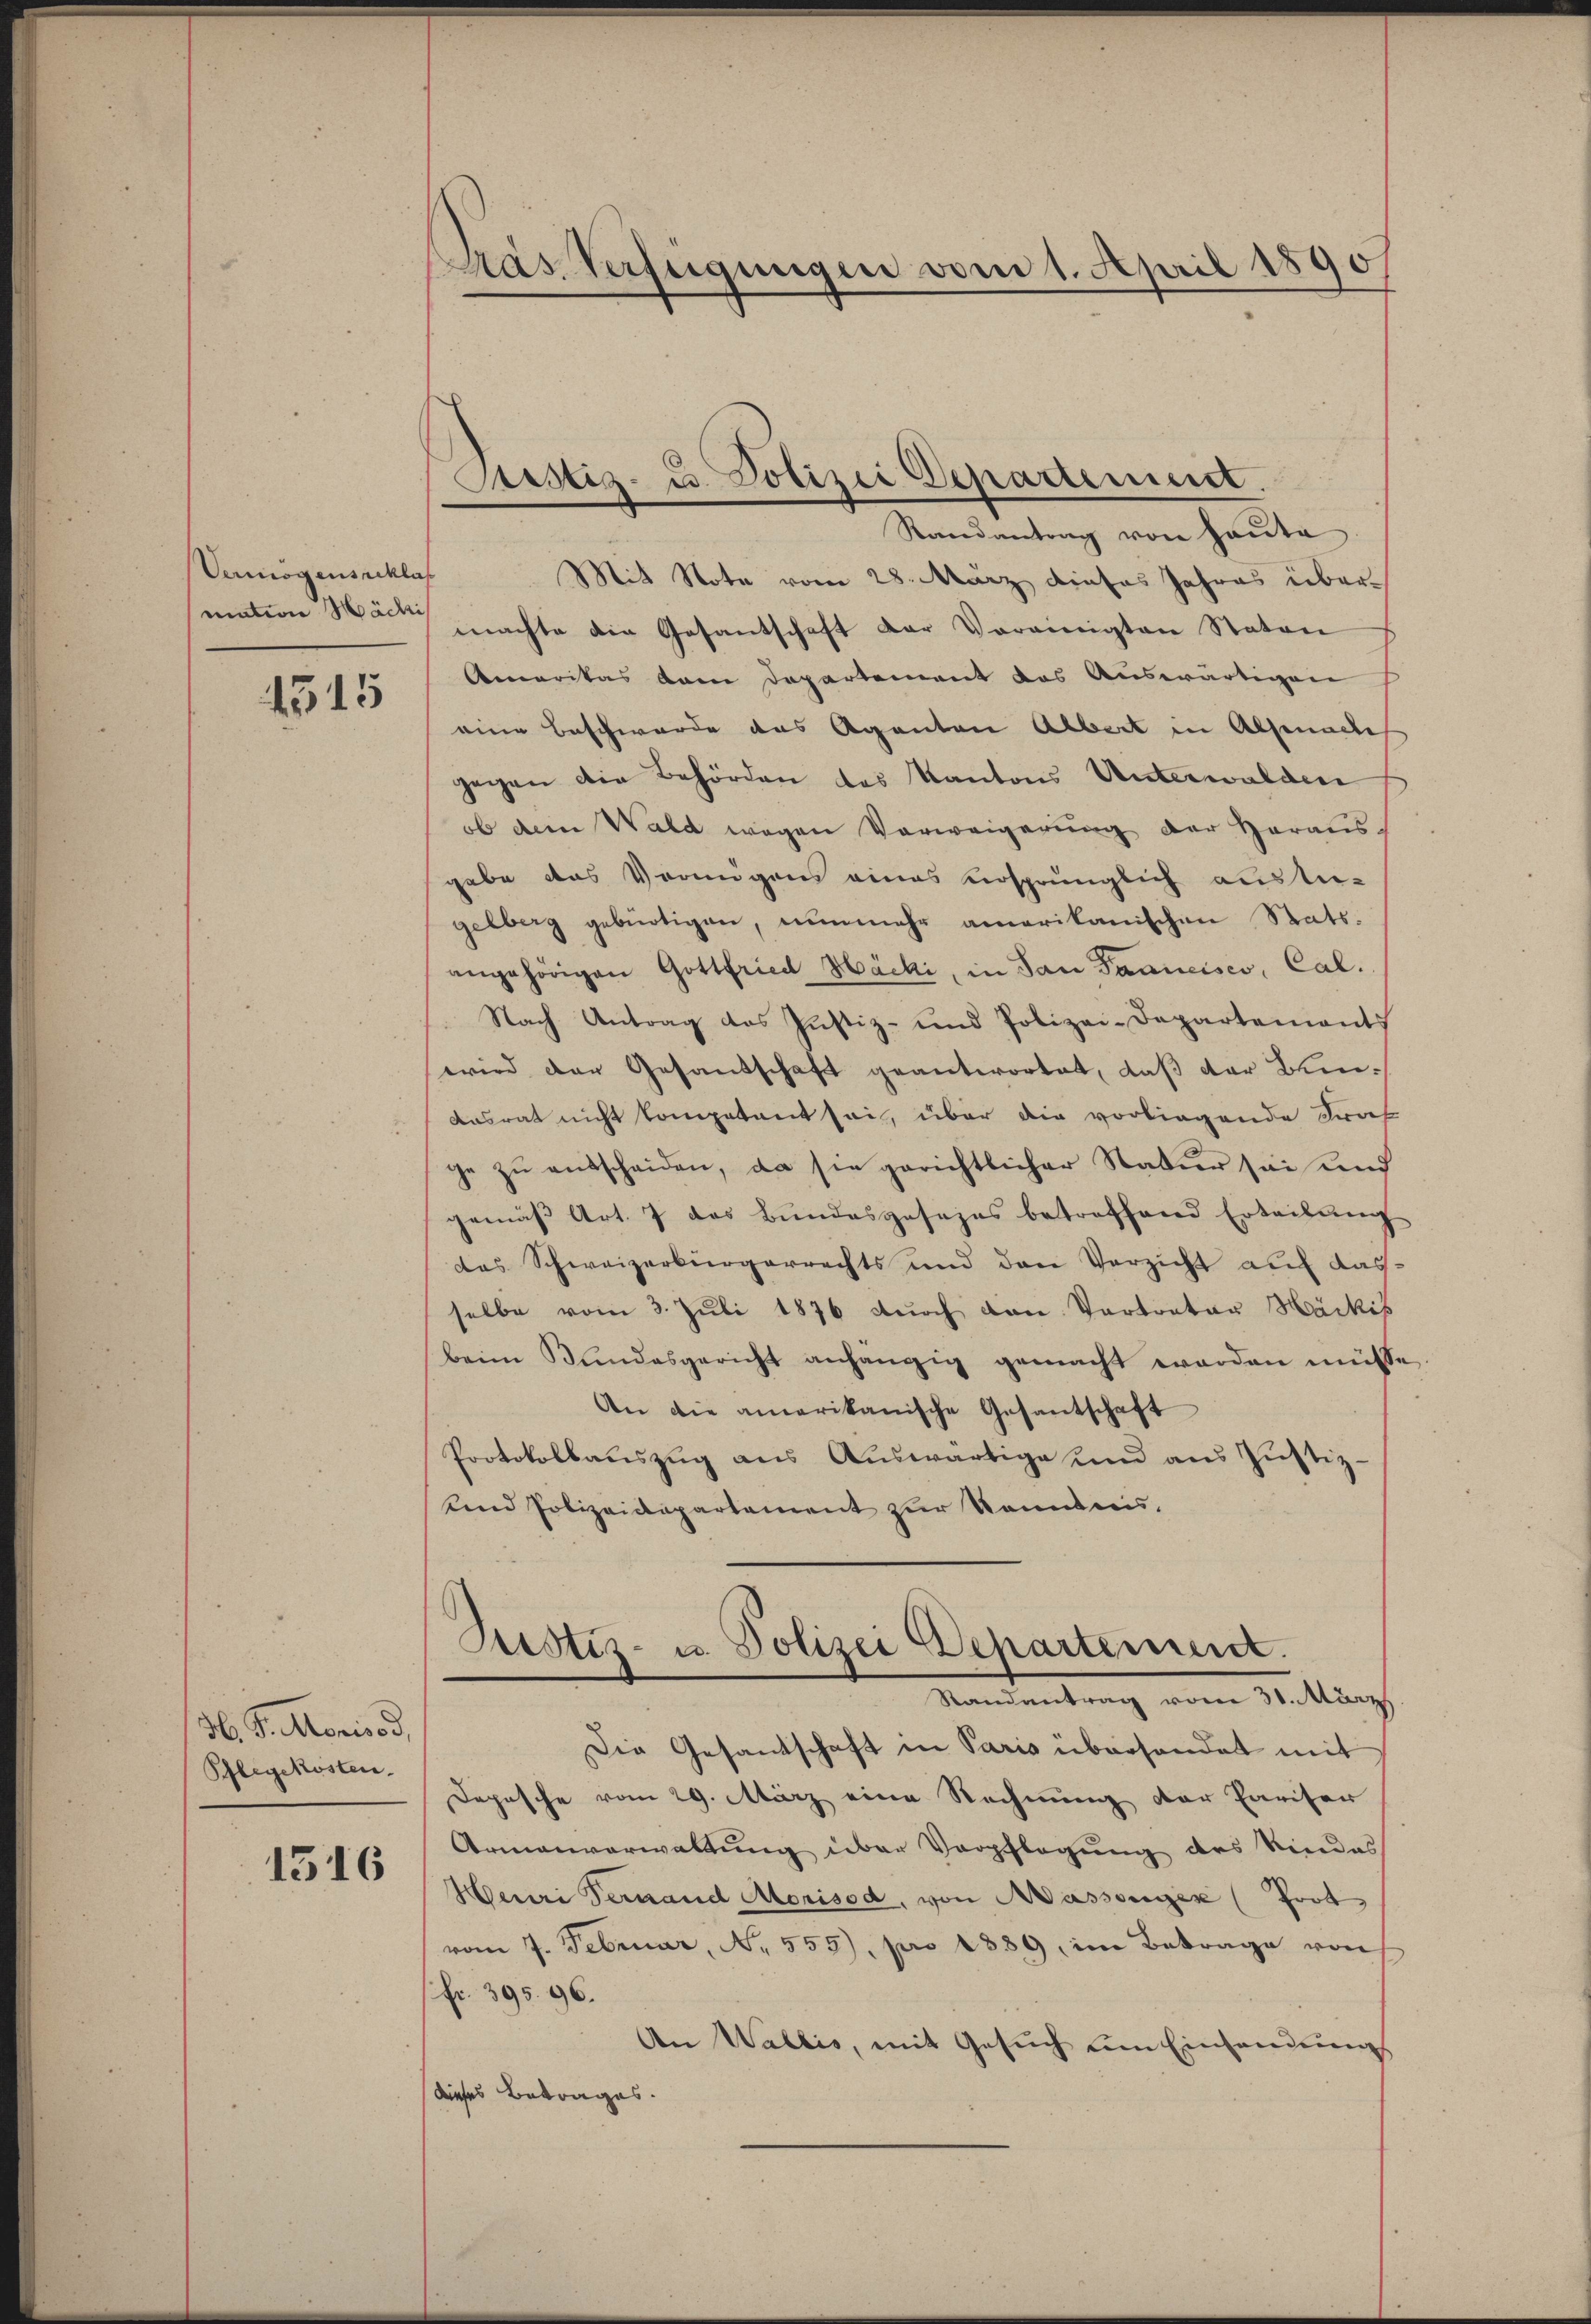
Vermögensacklas

4515

H. P. Morisod,
Pflegekosten.

1516

Pas Verfügungen vom 1. April 1890

ustiz- u. Polizei Departement.

Randantrag von Haute
Mit Note vom 28. März dieses Jahres übermation Man machte die Gesantschaft der Vereinigten Staton
Amaritas dem Departement das Auswärtigen
eine Beschwerde des Agenten Albert in Alsenadi
gegen die Behörden des Kantons Unterwalden
ob dem Wald wegen Verweigerung der Herausgabe das Vermögens eines ursprünglich auster-
gelberg gebürtigen, nunmehr amerikanischen Statsangehörigen Gottfried Häcki, in San Saancisco, Cal.
Nach Antrag das Justiz- und Polizei-Departements
wird der Gesandschaft geantwortet, daß der Bei¬
Aasrat nicht kompetent sei, über die vorliegende Trak
ge zu entscheiden, da sie gerichtlicher Natur sei und
gemäβ Art. 7 das Bundesgesezes betreffend Erteilŭng
das Schweizerbürgerrechts und den Verzicht auf dasselbe vom 3. Juli 1876 durch von Vertreter Hackis
beim Bundesgericht anhängig gemacht worden müsse,
An die amerikanische Gesantschaft
Protokollauszug aus Auswärtige und aus Justiz-
und Polizeidepartement zur Kenntnis.
Justiz- u. Polizei Departement.
Randantrag vom 31. März.
Die Gesandschaft in Paris überhandet mit
Dopische vom 29. März eine Rechnung der Pariser
Armenverwaltung über Verpflegung des Rindes
Henri Vernand Morisod, von Massenges (Fort
vom 7. Februar, N. 555), pro 1889 im Betrage von
fr. 395. 96.
An Wallis, mit Gesuch um Einsendungs
dieses Betrages.